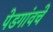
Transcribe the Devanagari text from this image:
पेडगांवचे